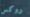
روكس